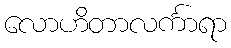
လောဟိတာလင်္ကာရာ